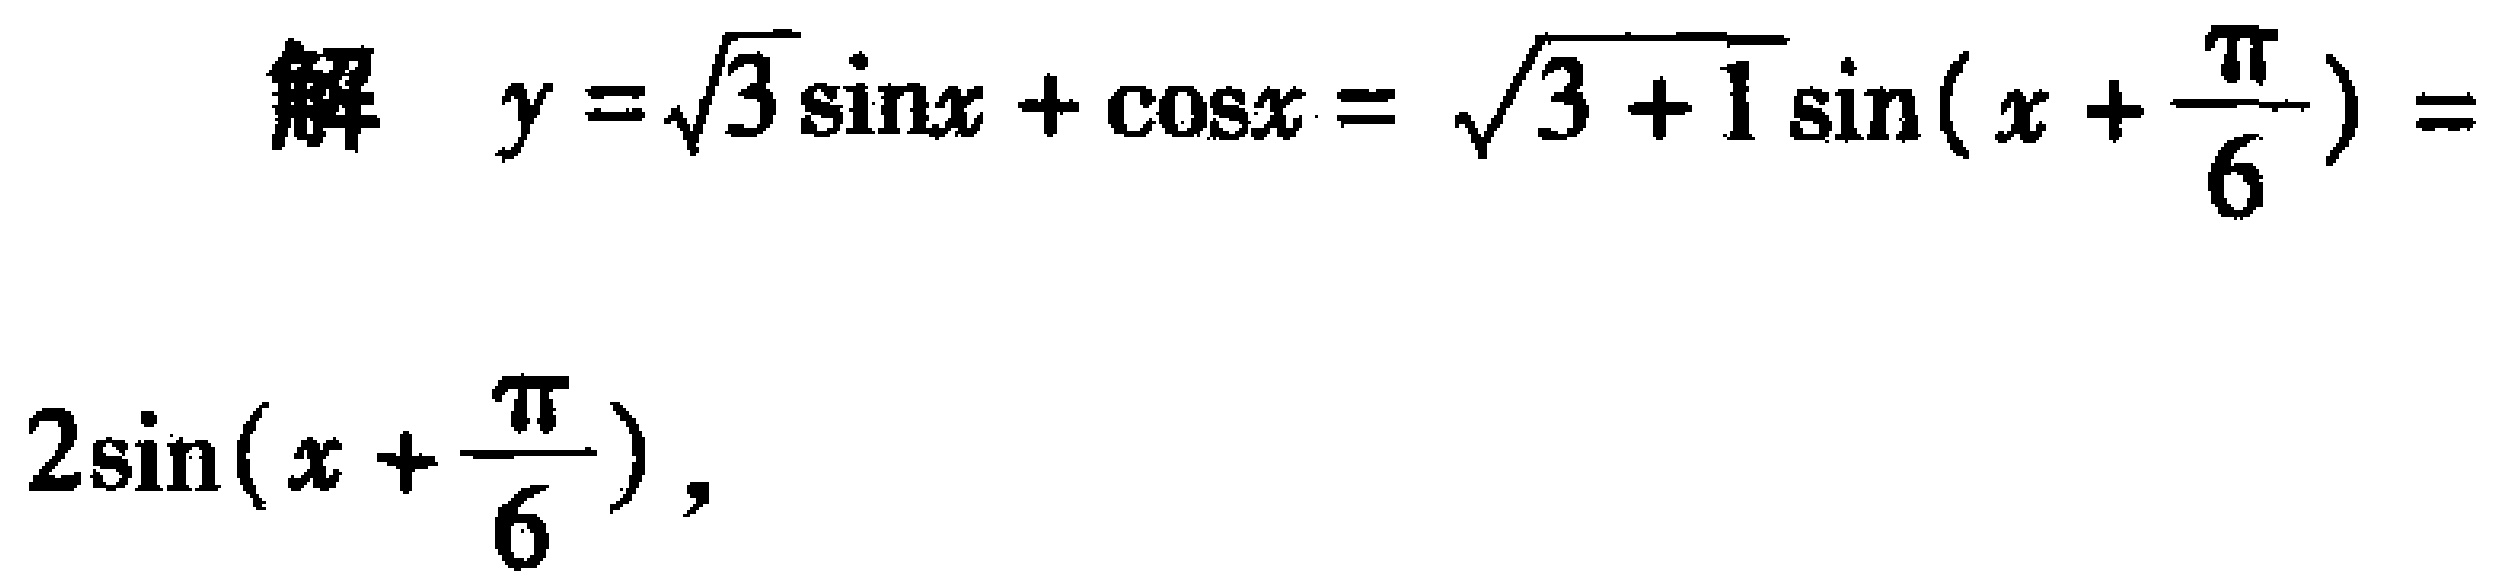
解 \(y = \sqrt{3} \sin x+\cos x=\sqrt{3 + 1}\sin\left(x+\frac{\pi}{6}\right)=2\sin\left(x+\frac{\pi}{6}\right)\)，